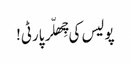
پولیس کی چِھلّر پارٹی!